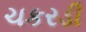
ચકરડી